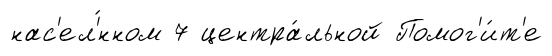
нас'ел'́нном 7 центра́льной Помог'и́т'е